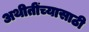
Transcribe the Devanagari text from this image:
अथीतींच्यासाठी